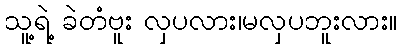
သူ့ရဲ့ ခဲတံဗူး လှပလား၊မလှပဘူးလား။